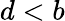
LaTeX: d<b